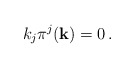
\begin{align*}k_{j}\pi^{j}({\bf k}) = 0 \, .\end{align*}